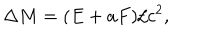
LaTeX: \Delta M = ( E + a F ) / c ^ { 2 } ,